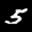
Label: 5